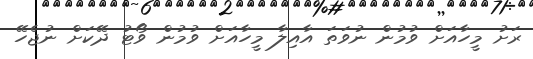
ރަށު މީހާއަށް ވުމުން ނުވަތަ އާއިލާ މީހާއަށް ވުމުން ވޯޓު ދޭކަށް ނުޖެހޭ